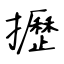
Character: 攊